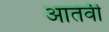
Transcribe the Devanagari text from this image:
आतवी